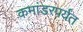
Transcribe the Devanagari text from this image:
कमांडरपर्यंत